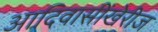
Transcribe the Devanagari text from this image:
आदिवासींखेरीज